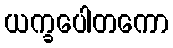
ယက္ခပေါတကော